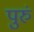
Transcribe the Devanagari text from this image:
पुरुं